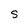
Character: S